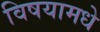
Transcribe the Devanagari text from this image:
विषयामधे